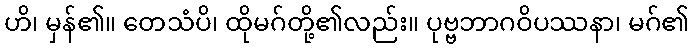
ဟိ၊ မှန်၏။ တေသံပိ၊ ထိုမဂ်တို့၏လည်း။ ပုဗ္ဗဘာဂဝိပဿနာ၊ မဂ်၏